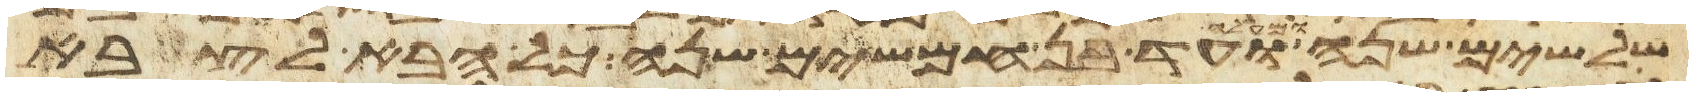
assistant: שלשים שנה ומעלה ועד בן חמשים שנה כל הבא לצבא